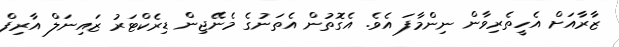
ޒާރާއަށް އެހީތެރިވާން ނިންމާފަ އެވެ. އެގޮތުން އެތަނުގެ މެނޭޖިން ޑިރެކްޓަރު ޒައިނަލް އާރިފް